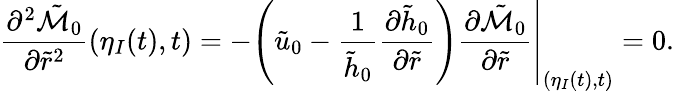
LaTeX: \frac{\partial^{2}\tilde{\mathcal{M}}_{0}}{\partial\tilde{r}^{2}}(\eta_{I}(t),t)=-\left.\left(\tilde{u}_{0}-\frac{1}{\tilde{h}_{0}}\frac{\partial\tilde{h}_{0}}{\partial\tilde{r}}\right)\frac{\partial\tilde{\mathcal{M}}_{0}}{\partial\tilde{r}}\right|_{(\eta_{I}(t),t)}=0.